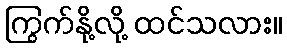
ကြွက်နို့လို့ ထင်သလား။